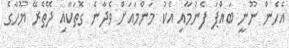
އެހެން ނޫނީ ބައްޕަ ފެނުމާއި އެކު މަންމައަށް ވެދާނެ ގޮތަކާއި ދޭތެރޭ ޔޫހާގެ